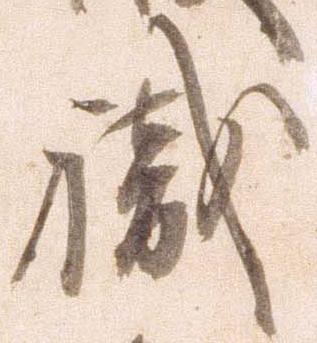
職